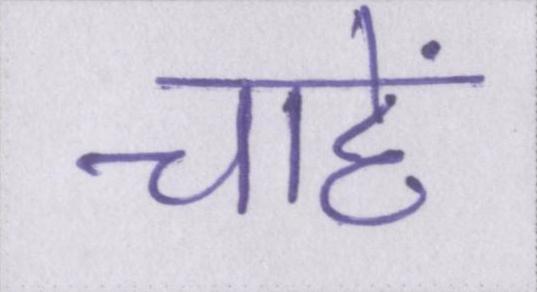
चाहें